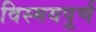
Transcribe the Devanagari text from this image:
विस्मयपूर्ण